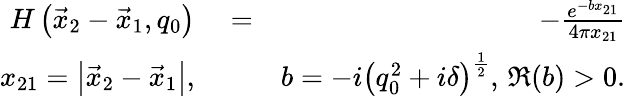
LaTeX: \begin{array}{rlr}{H\left(\vec{x}_{2}-\vec{x}_{1},q_{0}\right)}&{{}=}&{-\frac{e^{-bx_{21}}}{4\pi x_{21}}}\\ {x_{21}=\left|\vec{x}_{2}-\vec{x}_{1}\right|,}&{{}}&{b=-i\left(q_{0}^{2}+i\delta\right)^{\frac{1}{2}},\, \Re(b)>0.}\end{array}